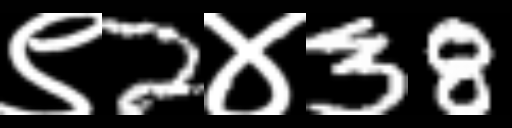
Text: ९2४38